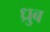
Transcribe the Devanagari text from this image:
ध्रुब